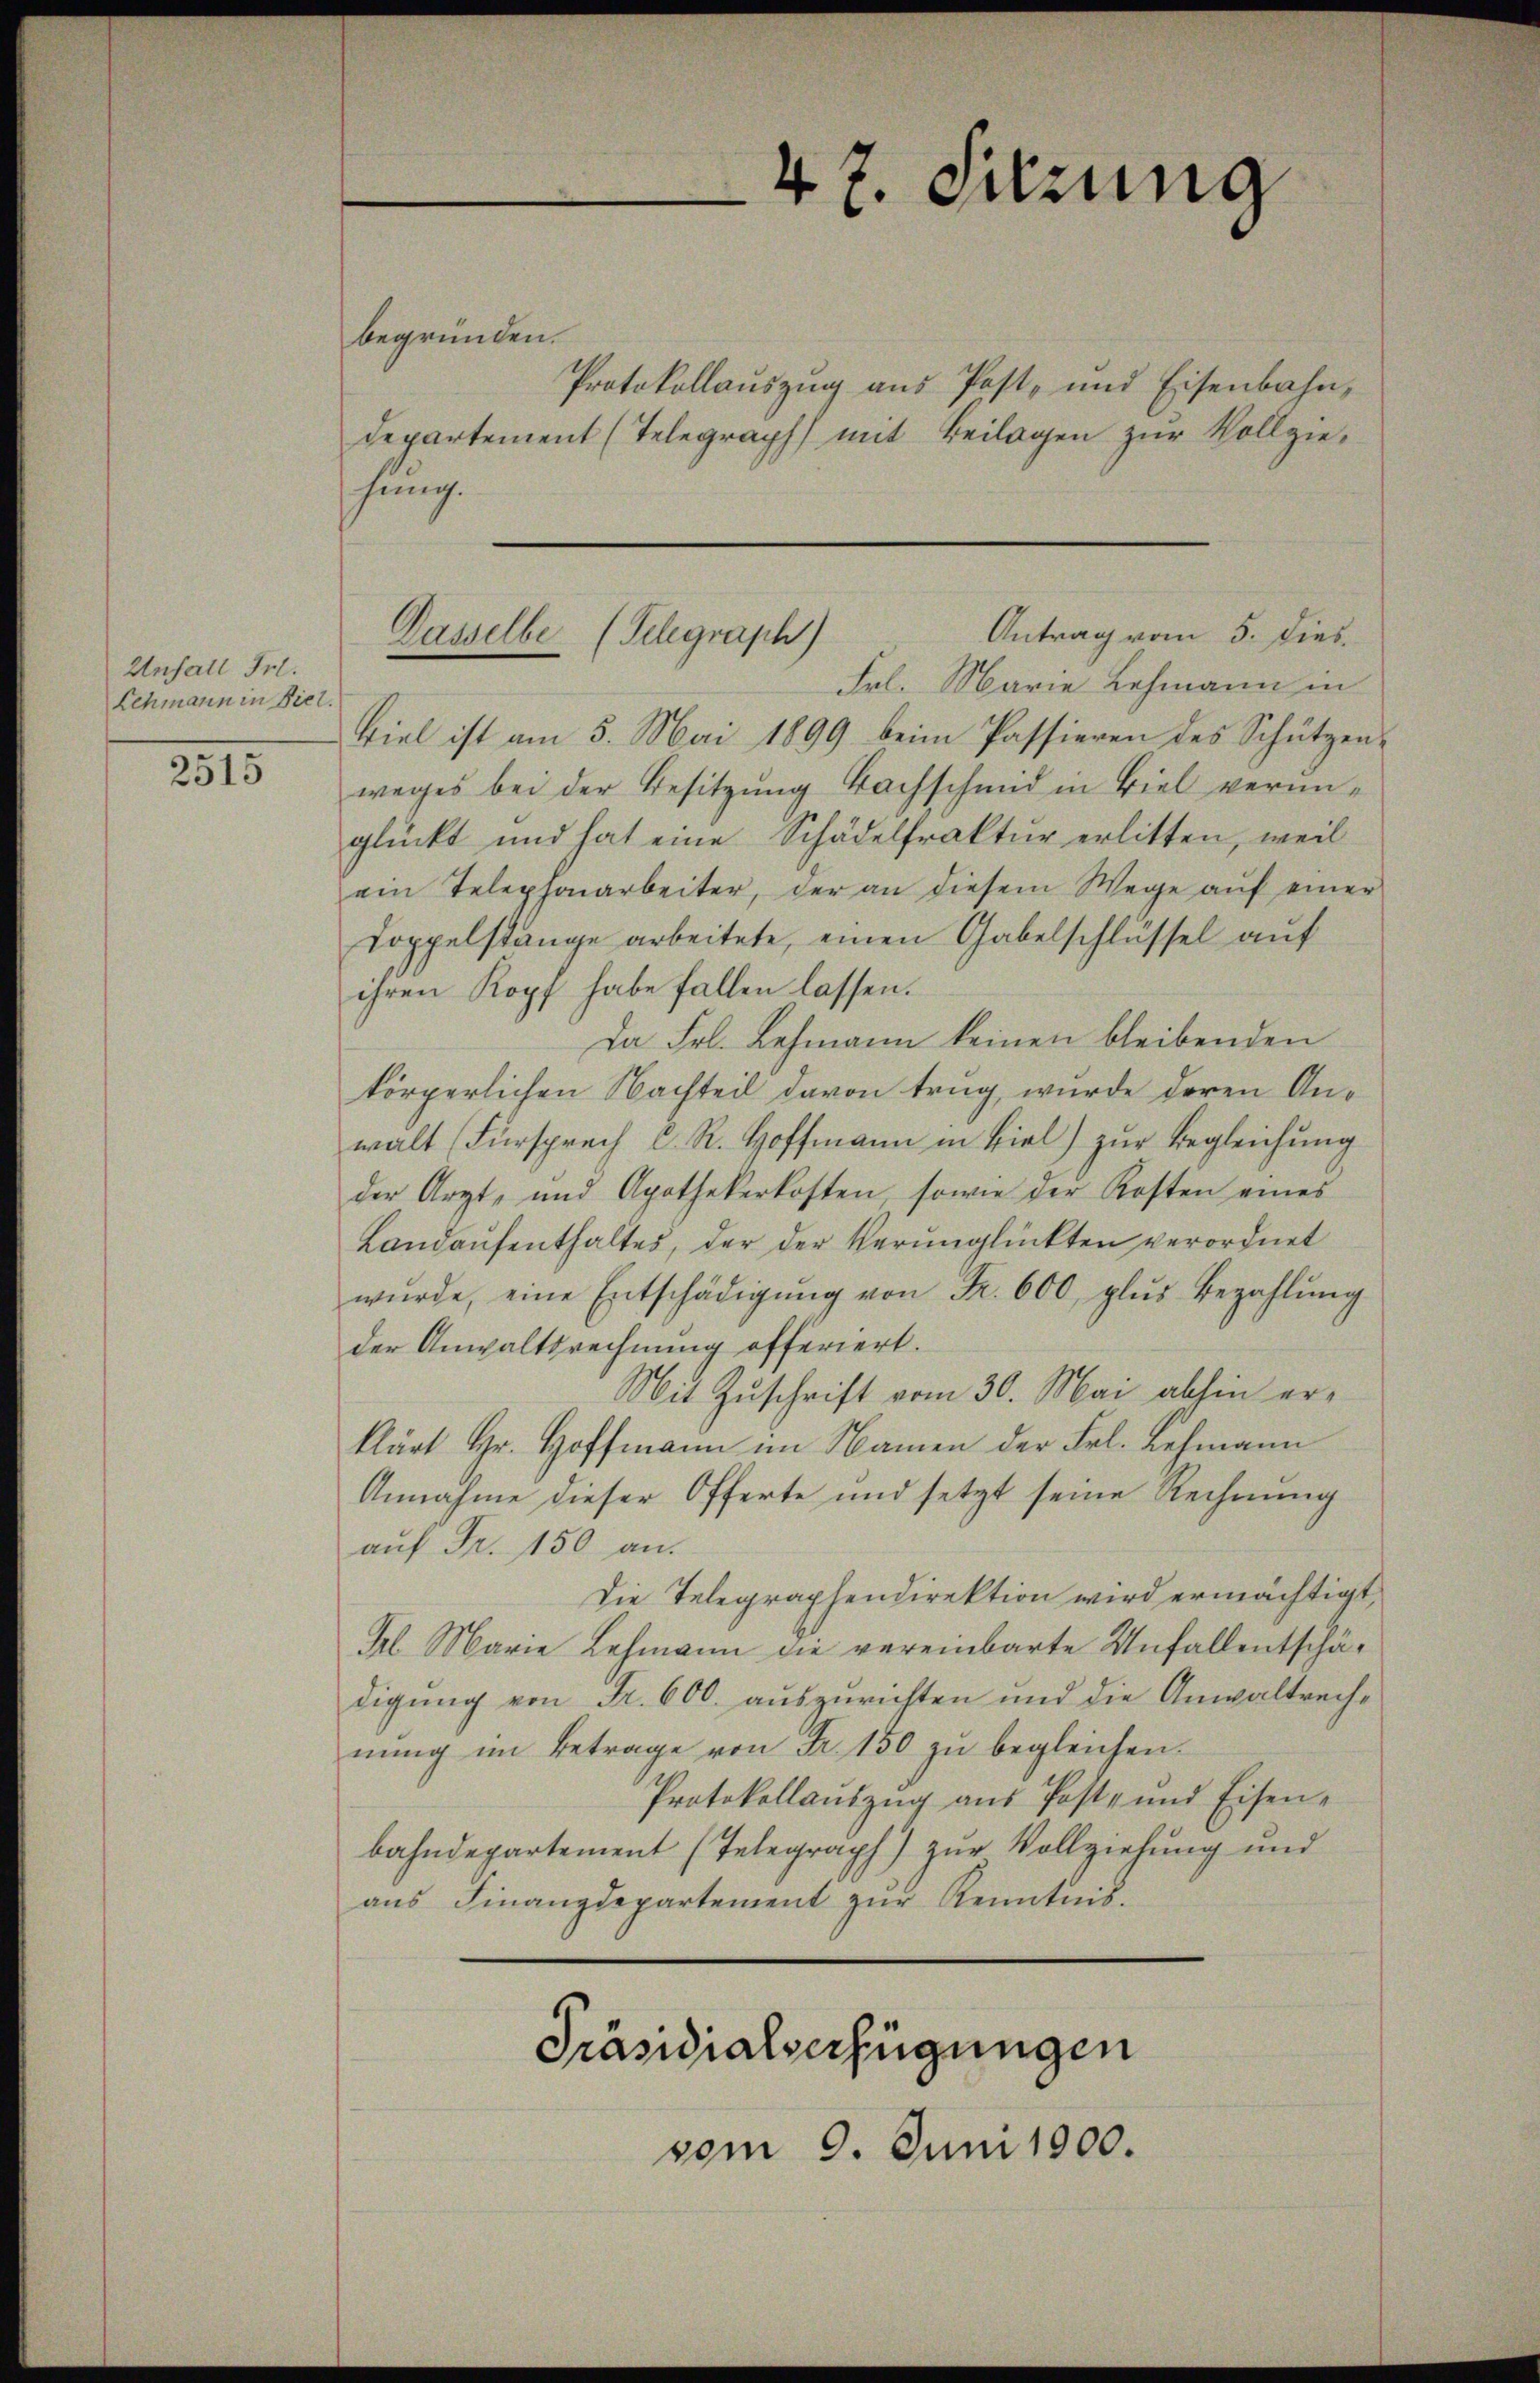
Unfall Frl.
Lehmann in Viel

2515

47. Sitzung

begründen.
Protokollauszug aus Post- und Eisenbahndepartement (Telegraph mit Beilagen zŭr Vollziehung.
Frl. Marie Lehmann in
viel ist am 5. Mai 1899 beim Passieren des Schützenweges bei der Besitzung Bachschmid in Biel verunglückt und hat eine Schädelfraktur erlitten, weil
am Telephonarbeiter, der an diesem Wege aŭf einer
Doppelstänge arbeitete, einen Gabelschlüssel auf
ihren Kopf habe fallen lassen.
Da Frl. Lehmann keinen bleibenden
körperlichen Nachteil davon trug, wurde deren Anwalt (Fürsprech C. R. Hoffmann in Biel) zur Begleichung
der Arzt, und Apothekerkosten, sowie der Kosten eines
Landaŭfenthaltes, der der Verunglückten verordnet
wŭrde, eine Entschädigŭng von Fr. 600, plus Bezahlŭng
der Anwaltsrechnung offeriert.
Mit Zuschrift vom 30. Mai abhin erklärt Hr. Hoffmann im Namen der Frl. Lehmann
Annahme dieser Offerte und setzt seine Rechnung
auf Fr. 150 an.
Die Telegraphendirektion wird ermächtigt,
Fl Marie Lehmann die vereinbarte Unfallentschädigung von Fr. 600. auszurichten und die Anwaltreche
nung im Betrage von Fr. 150 zu begleichen.
Protokollauszug aus Post- und Eisen-
bahndepartement (Telegraph) zŭr Vollziehung und
aus Finanzdepartement zŭr Kenntnis.
Präsidialverfügungen
vom 9. Juni 1900.

Antrag vom 5. dies
Dasselbe (Telegraph)